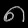
Digit: ၈